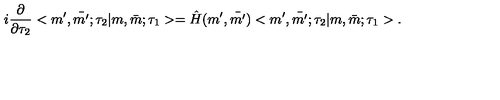
i \frac { \partial } { \partial \tau _ { 2 } } < m ^ { \prime } , \bar { m ^ { \prime } } ; \tau _ { 2 } | m , \bar { m } ; \tau _ { 1 } > = \hat { H } ( m ^ { \prime } , \bar { m ^ { \prime } } ) < m ^ { \prime } , \bar { m ^ { \prime } } ; \tau _ { 2 } | m , \bar { m } ; \tau _ { 1 } > .